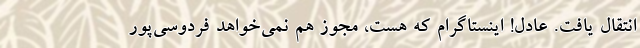
انتقال یافت. عادل! اینستاگرام که هست، مجوز هم نمی‌خواهد فردوسی‌پور